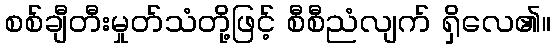
စစ်ချီတီးမှုတ်သံတို့ဖြင့် စီစီညံလျက် ရှိလေ၏။